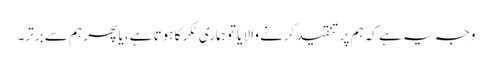
وجہ یہ ہے کہ ہم پر تنقید کرنے والا یا تو ہماری ٹکر کا ہوتا ہے، یا پھر ہم سے برتر۔